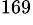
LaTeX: ^{169}